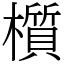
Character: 櫍